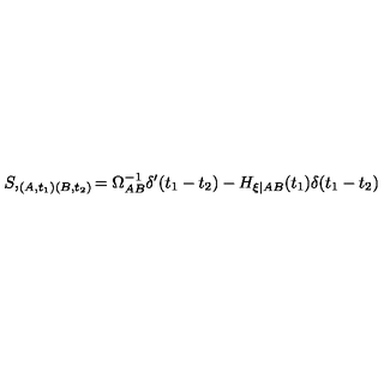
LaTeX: S , _ { ( A , t _ { 1 } ) ( B , t _ { 2 } ) } = \Omega _ { A B } ^ { - 1 } \delta ^ { \prime } ( t _ { 1 } - t _ { 2 } ) - H _ { \xi | A B } ( t _ { 1 } ) \delta ( t _ { 1 } - t _ { 2 } )